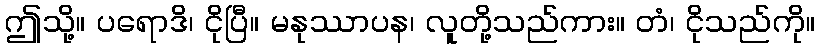
ဤသို့။ ပရောဒိ၊ ငိုပြီ။ မနုဿာပန၊ လူတို့သည်ကား။ တံ၊ ငိုသည်ကို။